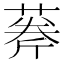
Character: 𦶘